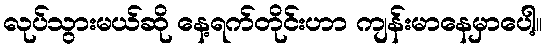
လုပ်သွားမယ်ဆို နေ့ရက်တိုင်းဟာ ကျန်းမာနေမှာပေါ့။